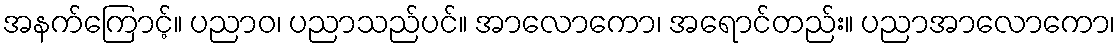
အနက်ကြောင့်။ ပညာဝ၊ ပညာသည်ပင်။ အာလောကော၊ အရောင်တည်း။ ပညာအာလောကော၊